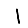
Digit: 1